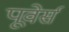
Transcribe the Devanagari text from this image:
पूवेर्स